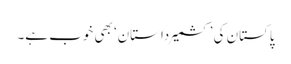
پاکستان کی ’کشمیرداستان‘ بھی خوب ہے۔